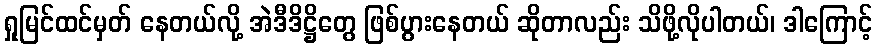
ရှုမြင်ထင်မှတ် နေတယ်လို့ အဲဒီဒိဋ္ဌိတွေ ဖြစ်ပွားနေတယ် ဆိုတာလည်း သိဖို့လိုပါတယ်၊ ဒါကြောင့်